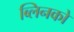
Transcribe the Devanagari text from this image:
ब्लिनको